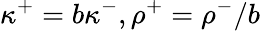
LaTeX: \kappa^{+}=b\kappa^{-},\rho^{+}=\rho^{-}/b